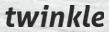
twinkle